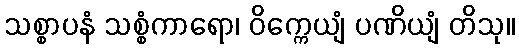
သစ္စာပနံ သစ္စံကာရော၊ ဝိက္ကေယျံ ပဏိယျံ တိသု။